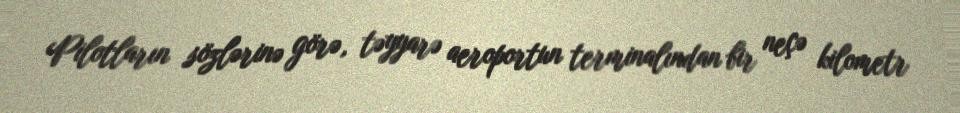
Pilotların sözlərinə görə, təyyarə aeroportun terminalından bir neçə kilometr